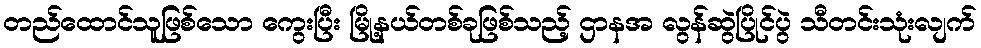
တည်ထောင်သူဖြစ်သော ကွေးပြီး မြို့နယ်တစ်ခုဖြစ်သည့် ဌာနအ လွန်ဆွဲပြိုင်ပွဲ သီတင်းသုံးလျက်